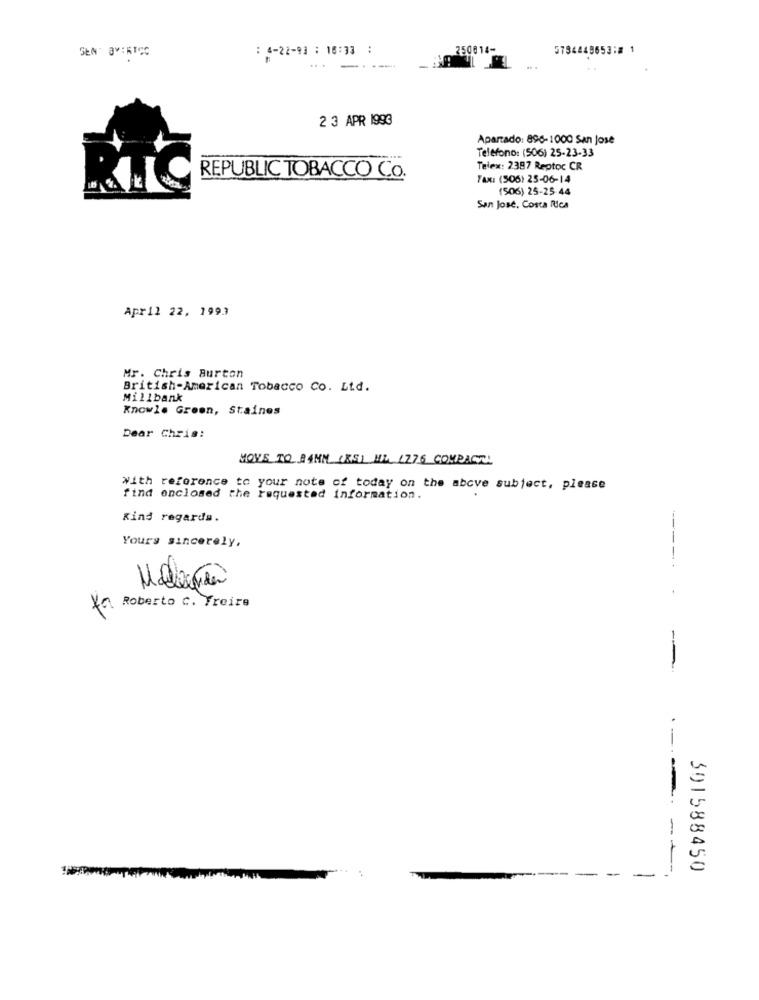
: 6-22-93 : 16:33 :
250014-
5784448653: 1
SENT BY:RICC
---
2 3 APR 1993
Apartado: 896-1000 San Jose
Teléfono: (506) 25-23-33
Telex: 2387 Reptoc CR
REPUBLIC TOBACCO Co.
FAX: (506) 25-06-14
(506) 25-25 44
San Jose, Costa Rica
Apr11 22, 1993
Mr. Chris Burton
British-American Tobacco Co. Ltd.
Millbank
Knowle Green, Staines
Dear Chris:
MOVE TO A4MM (RS) ML, 1276 COMPACT!
With reference to your note of today on the above subject, please
find enclosed the requested information.
Kind regards.
Yours sincerely,
Ya Roberto c. Treire
- --
-
---
391588450